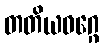
တတိယဝဂ္ဂေ